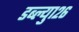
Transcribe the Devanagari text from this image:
डब्ल्यु१२६